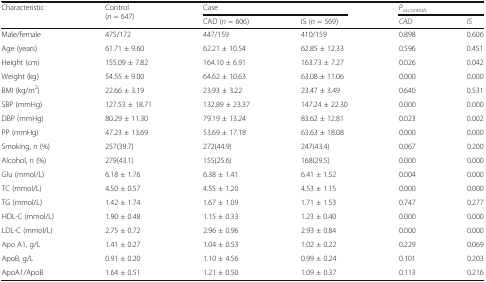
<table><thead><tr><td rowspan="2"><b>Characteristic</b></td><td rowspan="2"><b>Control (<i>n</i> = 647)</b></td><td colspan="2"><b>Case</b></td><td colspan="2"><b><i>P</i><sub><i>vs.controls</i></sub></b></td></tr><tr><td><b>CAD (<i>n</i> = 606)</b></td><td><b>IS (<i>n</i> = 569)</b></td><td><b><i>CAD</i></b></td><td><b><i>IS</i></b></td></tr></thead><tbody><tr><td>Male/female</td><td>475/172</td><td>447/159</td><td>410/159</td><td>0.898</td><td>0.606</td></tr><tr><td>Age (years)</td><td>61.71 ± 9.60</td><td>62.21 ± 10.54</td><td>62.85 ± 12.33</td><td>0.596</td><td>0.451</td></tr><tr><td>Height (cm)</td><td>155.09 ± 7.82</td><td>164.10 ± 6.91</td><td>163.73 ± 7.27</td><td>0.026</td><td>0.042</td></tr><tr><td>Weight (kg)</td><td>54.55 ± 9.00</td><td>64.62 ± 10.63</td><td>63.08 ± 11.06</td><td>0.000</td><td>0.000</td></tr><tr><td>BMI (kg/m<sup>2</sup>)</td><td>22.66 ± 3.19</td><td>23.93 ± 3.22</td><td>23.47 ± 3.49</td><td>0.640</td><td>0.531</td></tr><tr><td>SBP (mmHg)</td><td>127.53 ± 18.71</td><td>132.89 ± 23.37</td><td>147.24 ± 22.30</td><td>0.000</td><td>0.000</td></tr><tr><td>DBP (mmHg)</td><td>80.29 ± 11.30</td><td>79.19 ± 13.24</td><td>83.62 ± 12.81</td><td>0.023</td><td>0.002</td></tr><tr><td>PP (mmHg)</td><td>47.23 ± 13.69</td><td>53.69 ± 17.18</td><td>63.63 ± 18.08</td><td>0.000</td><td>0.000</td></tr><tr><td>Smoking, n (%)</td><td>257(39.7)</td><td>272(44.9)</td><td>247(43.4)</td><td>0.067</td><td>0.200</td></tr><tr><td>Alcohol, n (%)</td><td>279(43.1)</td><td>155(25.6)</td><td>168(29.5)</td><td>0.000</td><td>0.000</td></tr><tr><td>Glu (mmol/L)</td><td>6.18 ± 1.76</td><td>6.38 ± 1.41</td><td>6.41 ± 1.52</td><td>0.004</td><td>0.000</td></tr><tr><td>TC (mmol/L)</td><td>4.50 ± 0.57</td><td>4.55 ± 1.20</td><td>4.53 ± 1.15</td><td>0.000</td><td>0.000</td></tr><tr><td>TG (mmol/L)</td><td>1.42 ± 1.74</td><td>1.67 ± 1.09</td><td>1.71 ± 1.53</td><td>0.747</td><td>0.277</td></tr><tr><td>HDL-C (mmol/L)</td><td>1.90 ± 0.48</td><td>1.15 ± 0.33</td><td>1.23 ± 0.40</td><td>0.000</td><td>0.000</td></tr><tr><td>LDL-C (mmol/L)</td><td>2.75 ± 0.72</td><td>2.96 ± 0.96</td><td>2.93 ± 0.84</td><td>0.000</td><td>0.000</td></tr><tr><td>Apo A1, g/L</td><td>1.41 ± 0.27</td><td>1.04 ± 0.53</td><td>1.02 ± 0.22</td><td>0.229</td><td>0.069</td></tr><tr><td>ApoB, g/L</td><td>0.91 ± 0.20</td><td>1.10 ± 4.56</td><td>0.99 ± 0.24</td><td>0.101</td><td>0.203</td></tr><tr><td>ApoA1/ApoB</td><td>1.64 ± 0.51</td><td>1.21 ± 0.50</td><td>1.09 ± 0.37</td><td>0.113</td><td>0.216</td></tr></tbody></table>